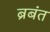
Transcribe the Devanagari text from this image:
ब्रबंत